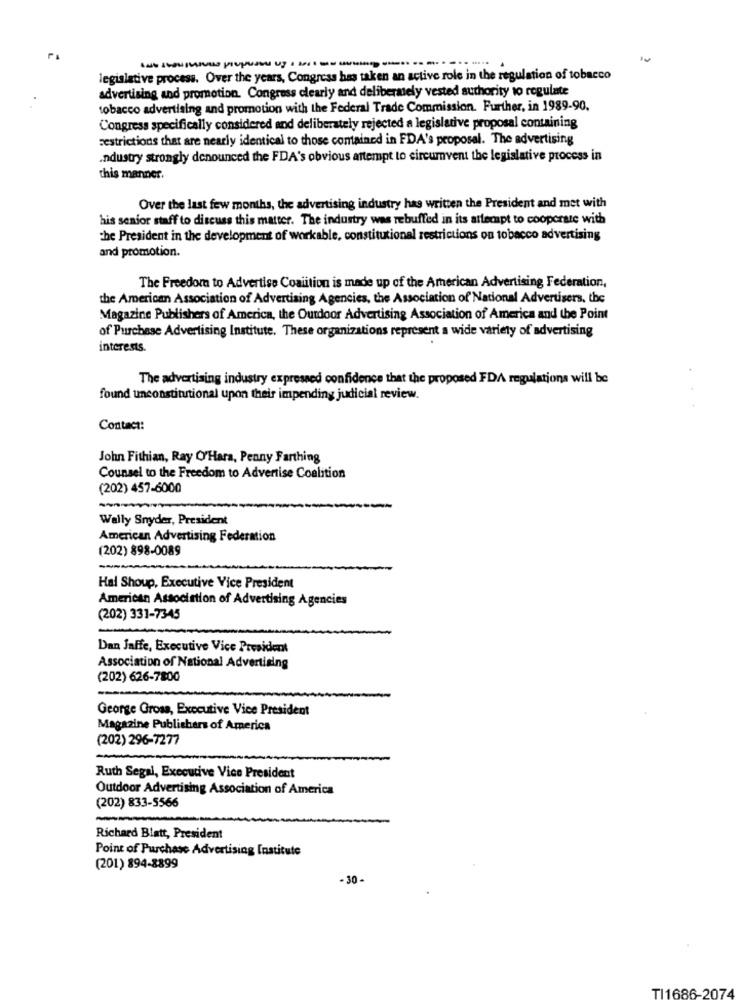
10
legislative process. Over the years, Congress has taken an active role in the regulation of tobacco
advertising and promotion. Congress clearly and deliberately vested authority to regulate
tobacco advertising and promotion with the Federal Trade Commission. Further, in 1989-90.
Congress specifically considered and deliberately rejected a legislative proposal containing
restrictions that are nearly identical to those contained in FDA's proposal. The advertising
.ndustry strongly denounced the FDA's obvious attempt to circumvent the legislative process in
this manner.
Over the last few months, the advertising industry has written the President and met with
his senior staff to discuss this matter. The industry was rebuffed in its attempt to cooperate with
the President in the development of workable, constitutional restrictions on tobacco advertising
and promotion.
The Freedom to Advertise Coalition is made up of the American Advertising Federation,
the American Association of Advertising Agencies, the Association of National Advertisers, the
Magazine Publishers of America, the Outdoor Advertising Association of America and the Point
of Purchase Advertising Institute. These organizations represent a wide variety of advertising
interests.
The advertising industry expressed confidence that the proposed FDA regulations will be
found unconstitutional upon their impending judicial review.
Contact:
John Fithian, Ray O'Hara, Penny Farthing
Counsel to the Freedom to Advertise Coalition
(202) 457-6000
Wally Snyder, President
American Advertising Federation
(202) 898-0089
-
Hal Shoup, Executive Vice President
American Association of Advertising Agencies
(202) 331-7345
Dan Jaffe, Executive Vice President
Association of National Advertising
(202) 626-7800
George Gross, Executive Vice President
Magazine Publishers of America
(202) 296-7277
Ruth Segal, Executive Vice President
Outdoor Advertising Association of America
(202) 833-5566
Richard Blatt, President
Point of Purchase Advertising Institute
(201) 894-8899
- 30-
TI1686-2074